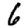
Digit: 6